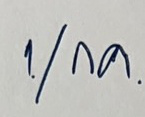
1/กค.